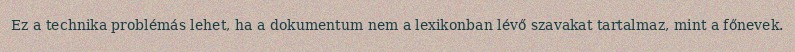
Ez a technika problémás lehet, ha a dokumentum nem a lexikonban lévő szavakat tartalmaz, mint a főnevek.